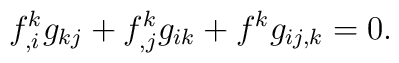
f^k_{,i}g_{kj} + f^k_{,j}g_{ik} + f^k g_{ij,k} = 0.